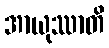
အာယုဿာတိ